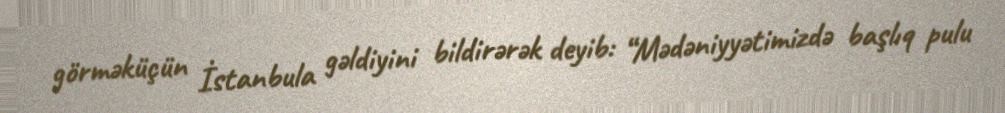
görməküçün İstanbula gəldiyini bildirərək deyib: “Mədəniyyətimizdə başlıq pulu